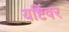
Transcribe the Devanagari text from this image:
यष्टिंवर